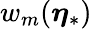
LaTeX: w_{m}(\boldsymbol{\eta}_{*})